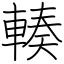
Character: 輳